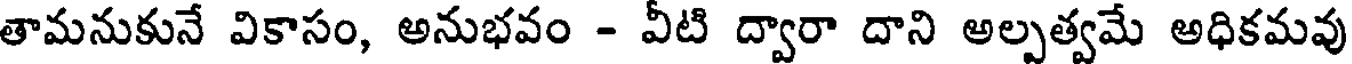
తామనుకునే వికాసం, అనుభవం - వీటి ద్వారా దాని అల్పత్వమే అధికమవు